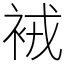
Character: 䘬